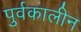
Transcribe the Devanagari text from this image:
पुर्वकालीन